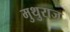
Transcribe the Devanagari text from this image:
मुथुराज